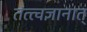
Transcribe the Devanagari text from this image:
तत्त्वज्ञानात्